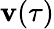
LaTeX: \mathbf{v}(\tau)